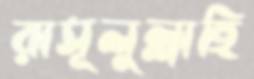
রাসূলুল্লাহি